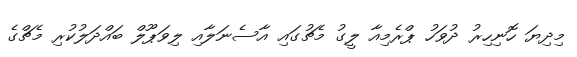
މިދިޔަ ހޮނިހިރު ދުވަހު ޕްރެމިއާ ލީގު މެޗުގައި އާސެނަލާއި ލިވަޕޫލް ބައްދަލުކުރި މެޗްގެ